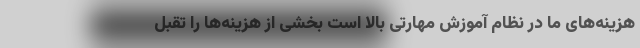
هزینه‌های ما در نظام آموزش مهارتی بالا است بخشی از هزینه‌ها را تقبل